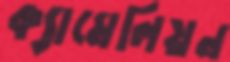
ক্যামেলিয়ন